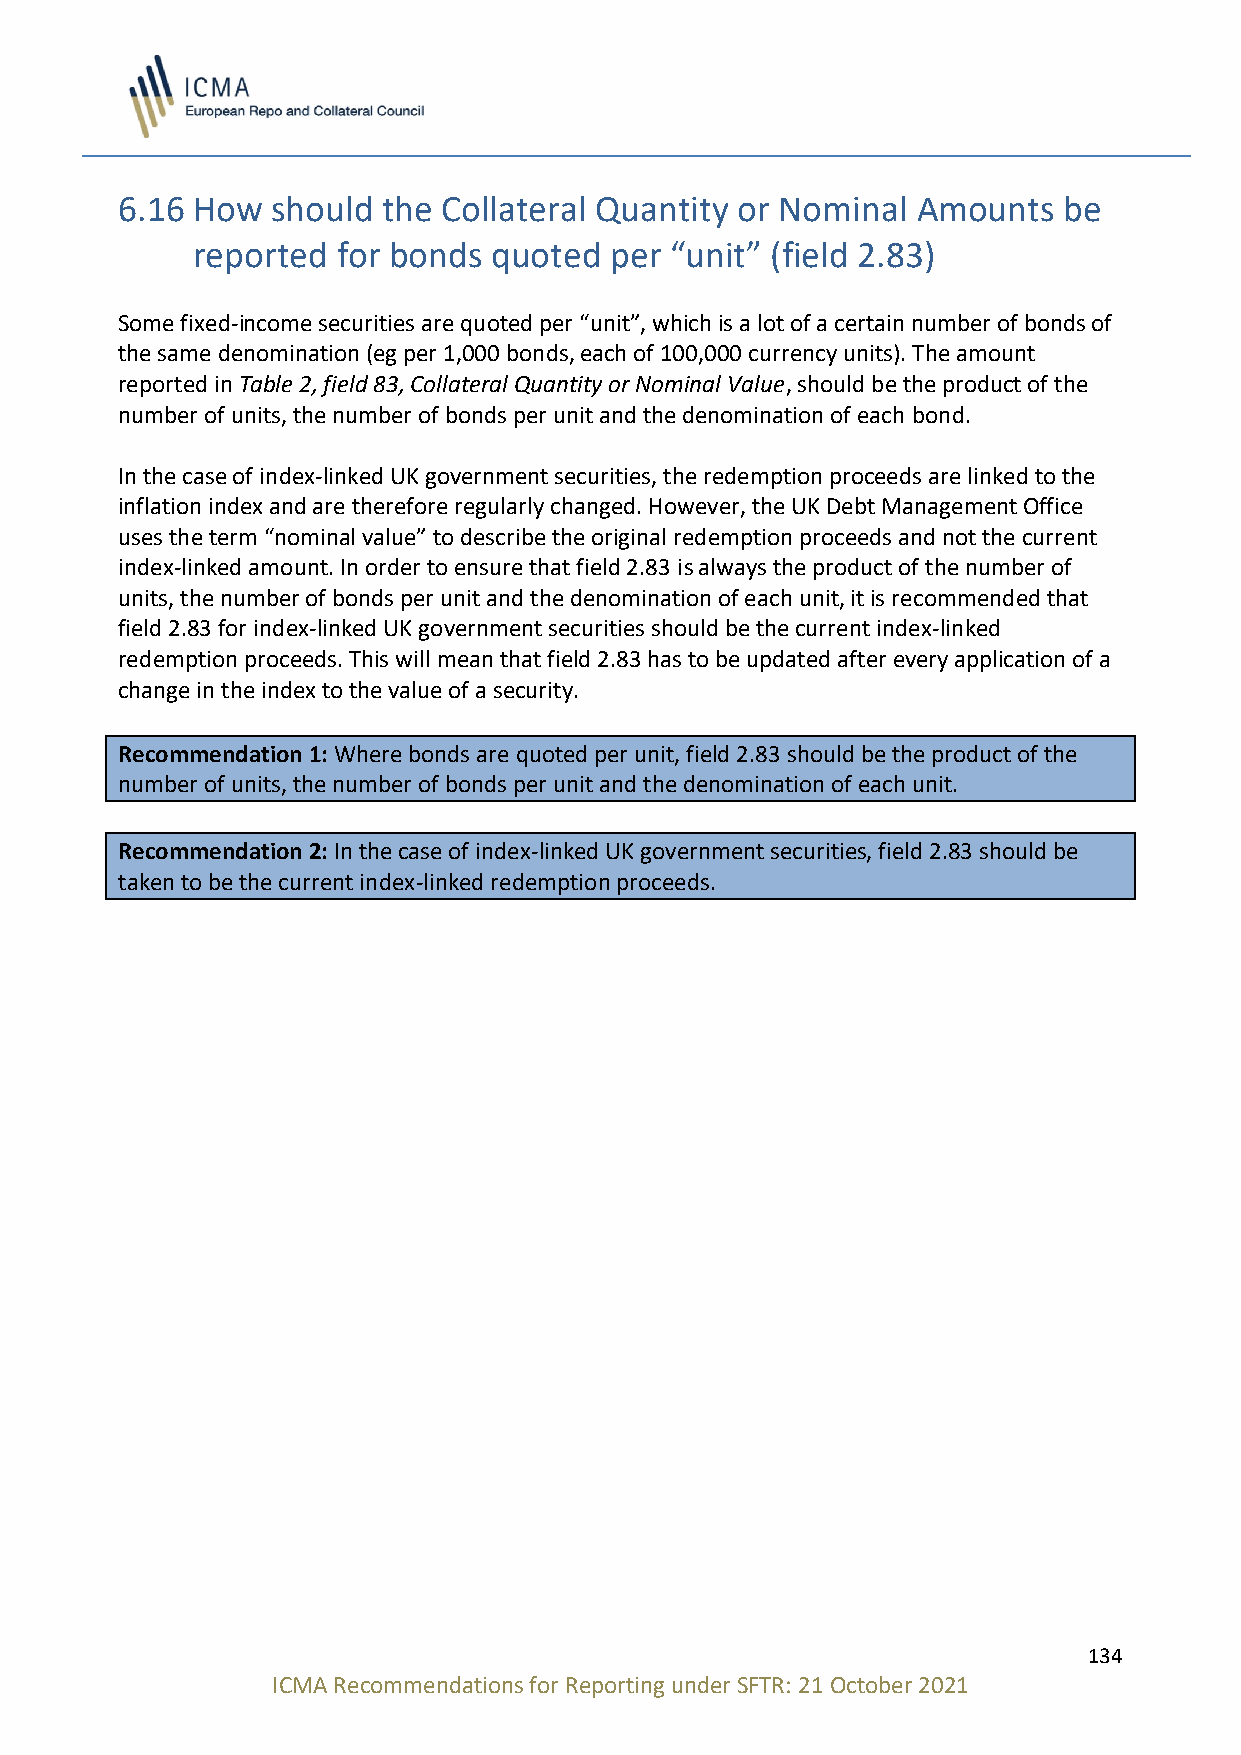
6.16 How  should the Collateral Quantity or Nominal  Amounts  be
 reported for bonds  quoted per “unit” (field 2.83)
 Some fixed-income securities are quoted per “unit”, which is a lot of a certain number of bonds of
 the same denomination (eg per 1,000 bonds, each of 100,000 currency units). The amount
 reported in Table 2, field 83, Collateral Quantity or Nominal Value, should be the product of the
 number of units, the number of bonds per unit and the denomination of each bond.
 In the case of index-linked UK government securities, the redemption proceeds are linked to the
 inflation index and are therefore regularly changed. However, the UK Debt Management Office
 uses the term “nominal value” to describe the original redemption proceeds and not the current
 index-linked amount. In order to ensure that field 2.83 is always the product of the number of
 units, the number of bonds per unit and the denomination of each unit, it is recommended that
 field 2.83 for index-linked UK government securities should be the current index-linked
 redemption proceeds. This will mean that field 2.83 has to be updated after every application of a
 change in the index to the value of a security.
 Recommendation 1: Where bonds are quoted per unit, field 2.83 should be the product of the
 number of units, the number of bonds per unit and the denomination of each unit.
 Recommendation 2: In the case of index-linked UK government securities, field 2.83 should be
 taken to be the current index-linked redemption proceeds.
 134
 ICMA Recommendations for Reporting under SFTR: 21 October 2021